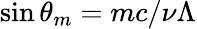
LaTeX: \sin\theta_{m}=mc/\nu\Lambda